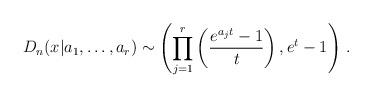
LaTeX: \begin{align*}D_n(x|a_1,\dots,a_r)\sim\left(\prod_{j=1}^r\left(\frac{e^{a_j t}-1}{t}\right),e^t-1\right)\,.\end{align*}